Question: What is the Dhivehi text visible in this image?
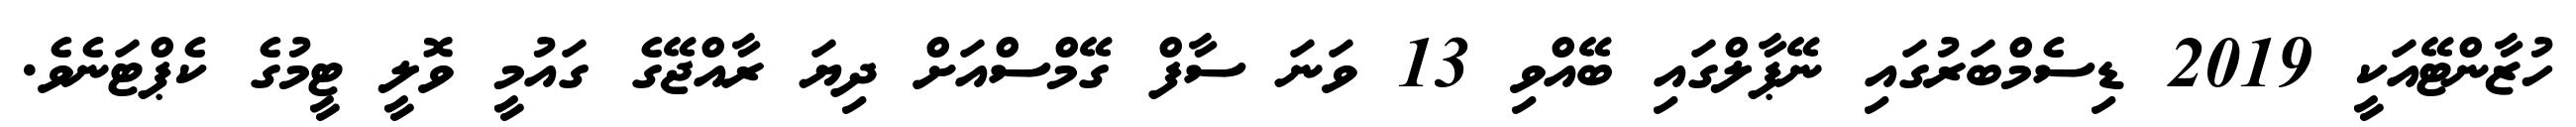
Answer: ހުޒާންޓޭއަކީ 2019 ޑިސެމްބަރުގައި ނޭޕާލްގައި ބޭއްވި 13 ވަނަ ސާފް ގޭމްސްއަށް ދިޔަ ރާއްޖޭގެ ގައުމީ ވޮލީ ޓީމުގެ ކެޕްޓަނެވެ.